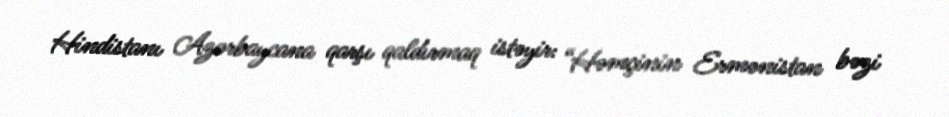
Hindistanı Azərbaycana qarşı qaldırmaq istəyir: “Həmçinin Ermənistan bəzi